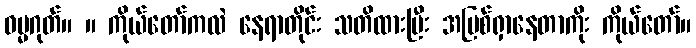
ဓမ္မဂုတ်။ ။ ကိုယ်တော်ကလဲ နေရာတိုင်း သတိထားပြီး အပြစ်ရှာနေတာကိုး ကိုယ်တော်။